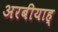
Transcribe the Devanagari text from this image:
अरबीयाह्